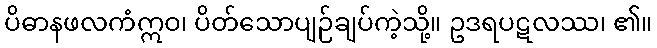
ပိဓာနဖလကံဣဝ၊ ပိတ်သောပျဉ်ချပ်ကဲ့သို့။ ဥဒရပဋလဿ၊ ၏။